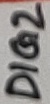
Text: DIG2